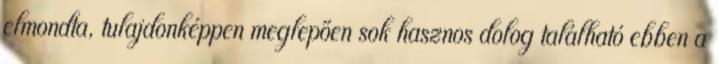
elmondta, tulajdonképpen meglepően sok hasznos dolog található ebben a